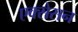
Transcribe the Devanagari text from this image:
एक्सेसन